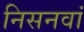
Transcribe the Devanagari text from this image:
निसनवां